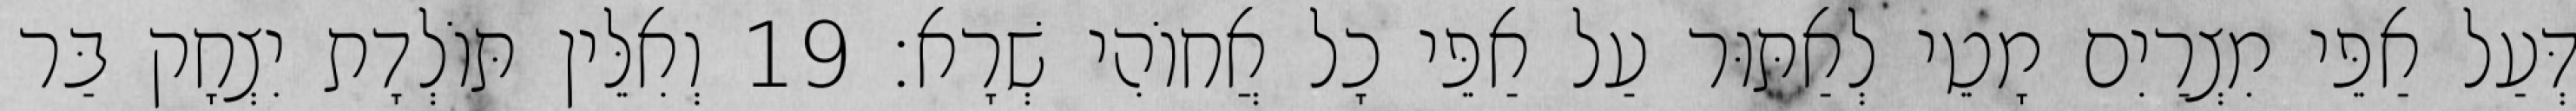
דְּעַל אַפֵּי מִצְרַיִם מָטֵי לְאַתּוּר עַל אַפֵּי כָל אֲחוֹהִי שְׁרָא׃ 19 וְאִלֵּין תּוֹלְדָת יִצְחָק בַּר